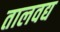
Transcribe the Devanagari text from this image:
तालवद्य